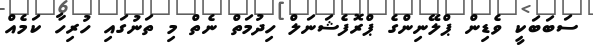
ސަބަބަކީ ވެޑިން ޕްލޭނިންގެ ޕްރޮފެޝަނަލް ހިދުމަތް ނެތް މި ތަނުގައި ހުރިހާ ކަމެއް